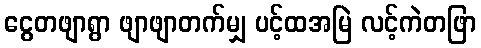
ငွေတဖျာရွာ ဖျာဖျာတက်မျှ ပင့်ထအမြဲ လင့်ကဲတဖြာ